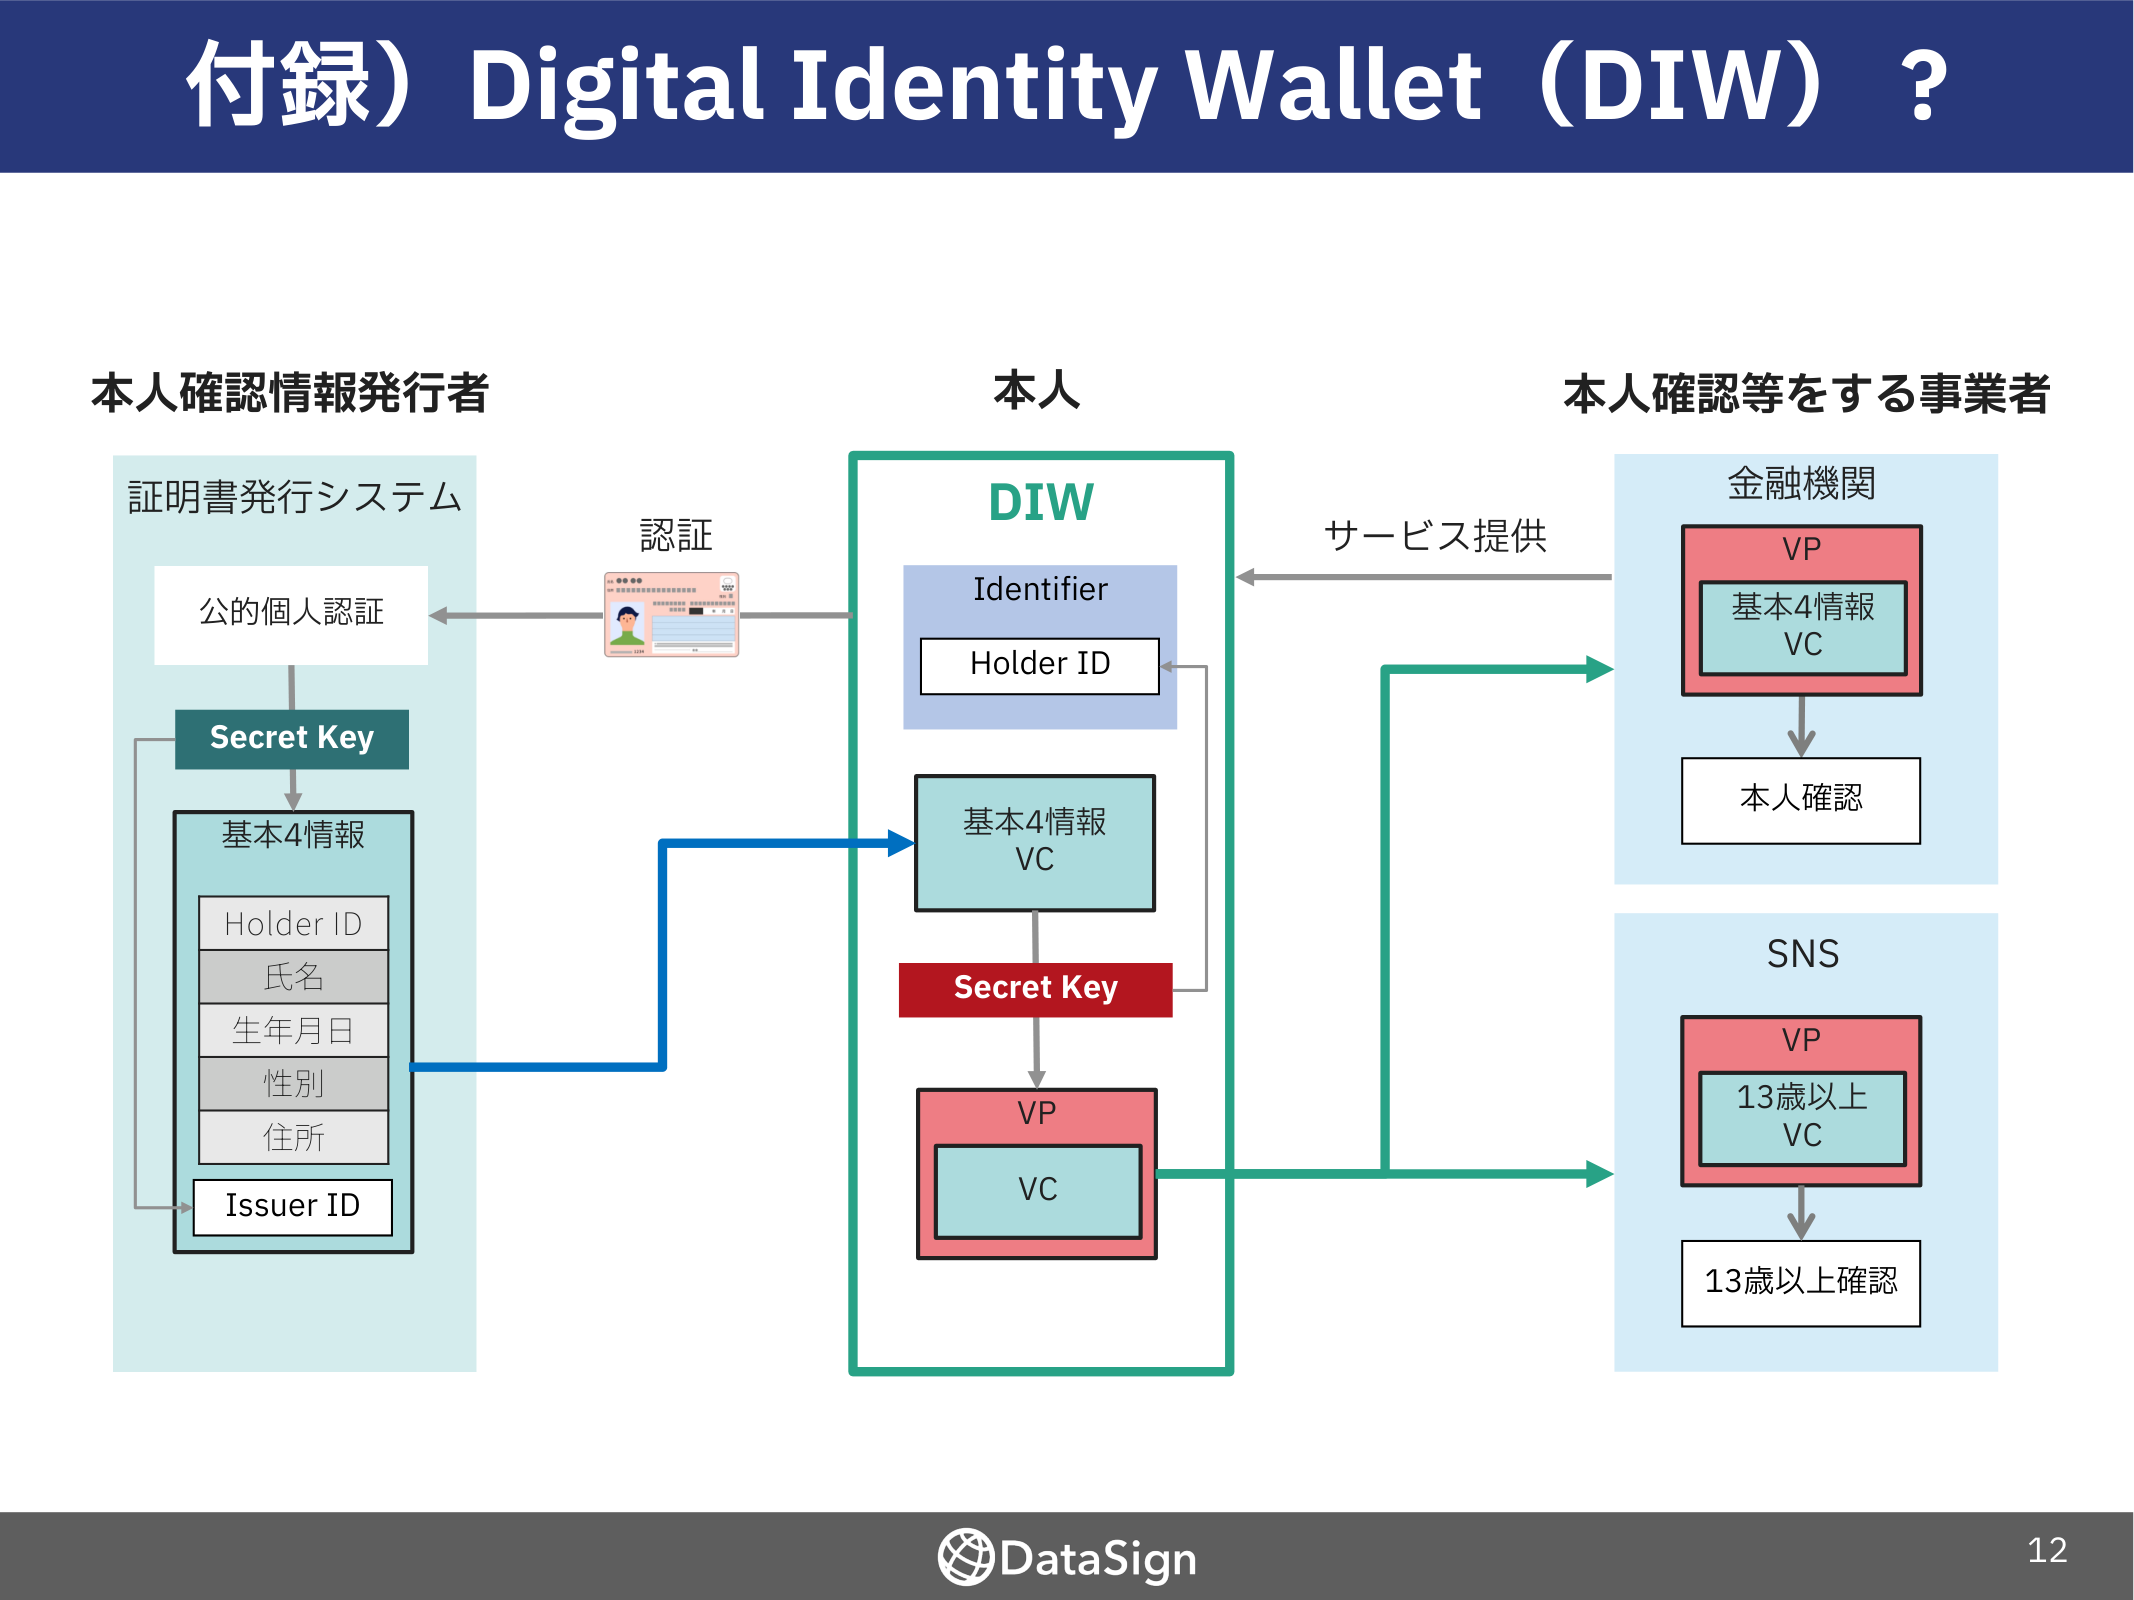
付録）Digital Identity Wallet（DIW）？

本人確認情報発行者
証明書発行システム
公的個人認証
Secret Key
基本4情報
Holder ID
氏名
生年月日
性別
住所
Issuer ID

認証

本人
DIW
Identifier
Holder ID
基本4情報
VC
Secret Key
VP
VC

サービス提供

本人確認等をする事業者
金融機関
VP
基本4情報
VC
本人確認
SNS
VP
13歳以上
VC
13歳以上確認

DataSign
12